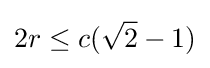
2r\leq c({\sqrt {2}}-1)